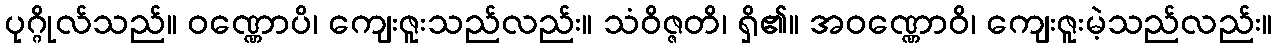
ပုဂ္ဂိုလ်သည်။ ဝဏ္ဏောပိ၊ ကျေးဇူးသည်လည်း။ သံဝိဇ္ဇတိ၊ ရှိ၏။ အဝဏ္ဏောဝိ၊ ကျေးဇူးမဲ့သည်လည်း။